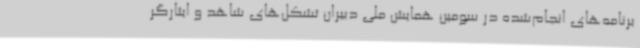
برنامه‌های انجام‌شده در سومین همایش ملی دبیران تشکل‌های شاهد و ایثارگر